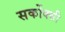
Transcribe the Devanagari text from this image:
सर्कोक्सी